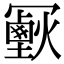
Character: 𠖣